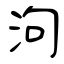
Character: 泃